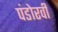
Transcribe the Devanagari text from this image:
पंडोरवी